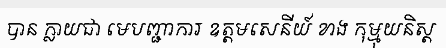
បាន ក្លាយជា មេបញ្ជាការ ឧត្តមសេនីយ៍ ខាង កុម្មុយនិស្ត